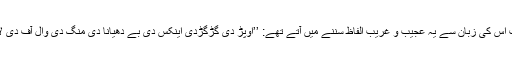
ہر وقت اس کی زبان سے یہ عجیب و غریب الفاظ سننے میں آتے تھے: ’’اوپڑ دی گڑگڑدی اینکس دی بے دھیانا دی منگ دی وال آف دی لالٹین‘‘۔